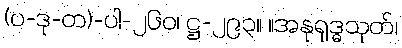
(ပ-ဒု-တ)-ပါ-၂၆၀၊ ဋ္ဌ-၂၉၃။ ။အနုရုဒ္ဓသုတ်၊